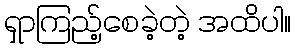
ရှာကြည့်စေခဲ့တဲ့ အထိပါ။